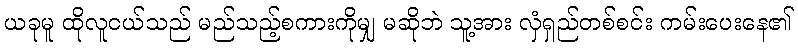
ယခုမူ ထိုလူငယ်သည် မည်သည့်စကားကိုမျှ မဆိုဘဲ သူ့အား လှံရှည်တစ်စင်း ကမ်းပေးနေ၏